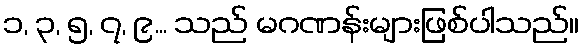
၁, ၃, ၅, ၇, ၉... သည် မဂဏန်းများဖြစ်ပါသည်။